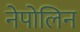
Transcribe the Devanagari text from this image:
नेपोलिन